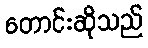
တောင်းဆိုသည်